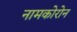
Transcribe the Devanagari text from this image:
नामकोरोन